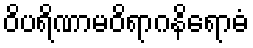
ဝိပရိဏာမဝိရာဂနိရောဓံ